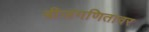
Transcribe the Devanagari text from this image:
बीजगणितावर